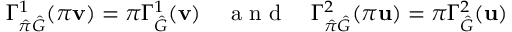
\Gamma _ { \hat { \pi } \hat { G } } ^ { 1 } ( \pi \mathbf { v } ) = \pi \Gamma _ { \hat { G } } ^ { 1 } ( \mathbf { v } ) \quad \mathrm { ~ a ~ n ~ d ~ } \quad \Gamma _ { \hat { \pi } \hat { G } } ^ { 2 } ( \pi \mathbf { u } ) = \pi \Gamma _ { \hat { G } } ^ { 2 } ( \mathbf { u } )